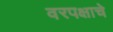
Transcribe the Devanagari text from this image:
वरपक्षाचे